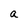
Character: a